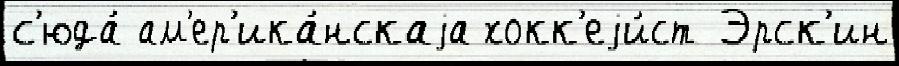
с'юда́ ам'ер'ика́нскаjа хокк'еjи́ст Эрск'ин